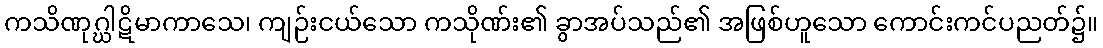
ကသိဏုဂ္ဃါဋိမာကာသေ၊ ကျဉ်းငယ်သော ကသိုဏ်း၏ ခွာအပ်သည်၏ အဖြစ်ဟူသော ကောင်းကင်ပညတ်၌။